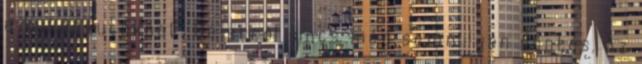
a kukásautóknak. De erről sincs még semmilyen döntés. Az